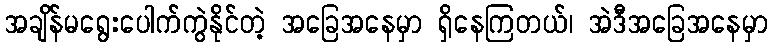
အချိန်မရွေးပေါက်ကွဲနိုင်တဲ့ အခြေအနေမှာ ရှိနေကြတယ်၊ အဲဒီအခြေအနေမှာ